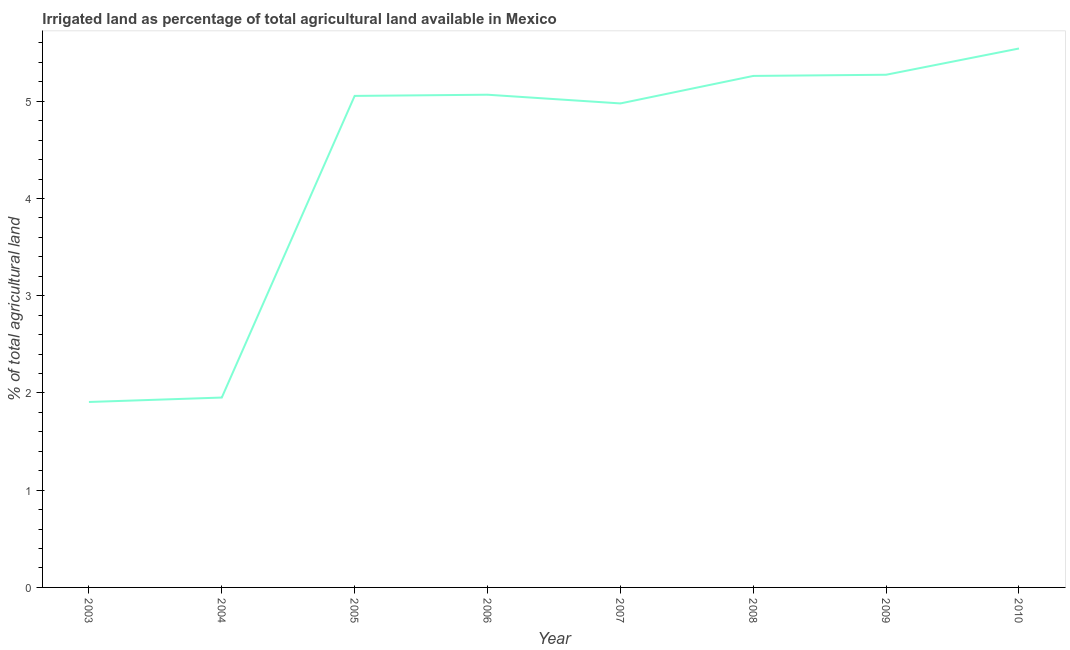
| Year | Agricultural irrigated land  |
 | --- | --- |
 | 2003 | 1.91 |
 | 2004 | 1.95 |
 | 2005 | 5.05 |
 | 2006 | 5.07 |
 | 2007 | 4.98 |
 | 2008 | 5.26 |
 | 2009 | 5.27 |
 | 2010 | 5.54 |